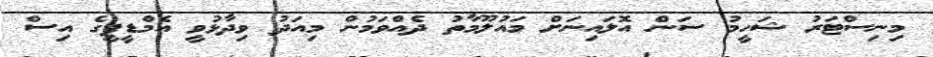
މިނިސްޓަރު ޝަހީމު ސަން އޮލައިނަށް މައުލޫމާތު ދެއްވަމުން މިއަދު ވިދާޅުވީ އެމްޑީޕީގެ އިސް